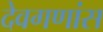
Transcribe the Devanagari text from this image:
देवगणांस